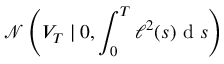
\mathcal { N } \left( V _ { T } \mid 0 , \int _ { 0 } ^ { T } \ell ^ { 2 } ( s ) \mathrm { ~ d ~ } s \right)